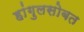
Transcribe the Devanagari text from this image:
हांगुलसोबत